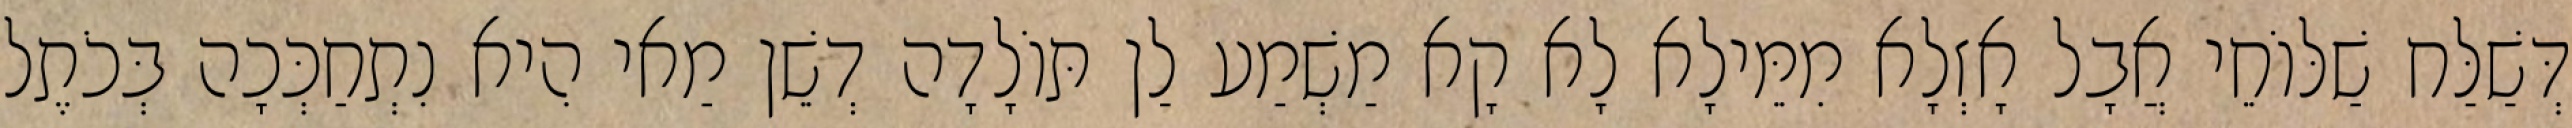
דְּשַׁלַּח שַׁלּוֹחֵי אֲבָל אָזְלָא מִמֵּילָא לָא קָא מַשְׁמַע לַן תּוֹלָדָה דְשֵׁן מַאי הִיא נִתְחַכְּכָה בְּכֹתֶל